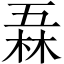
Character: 𠄻